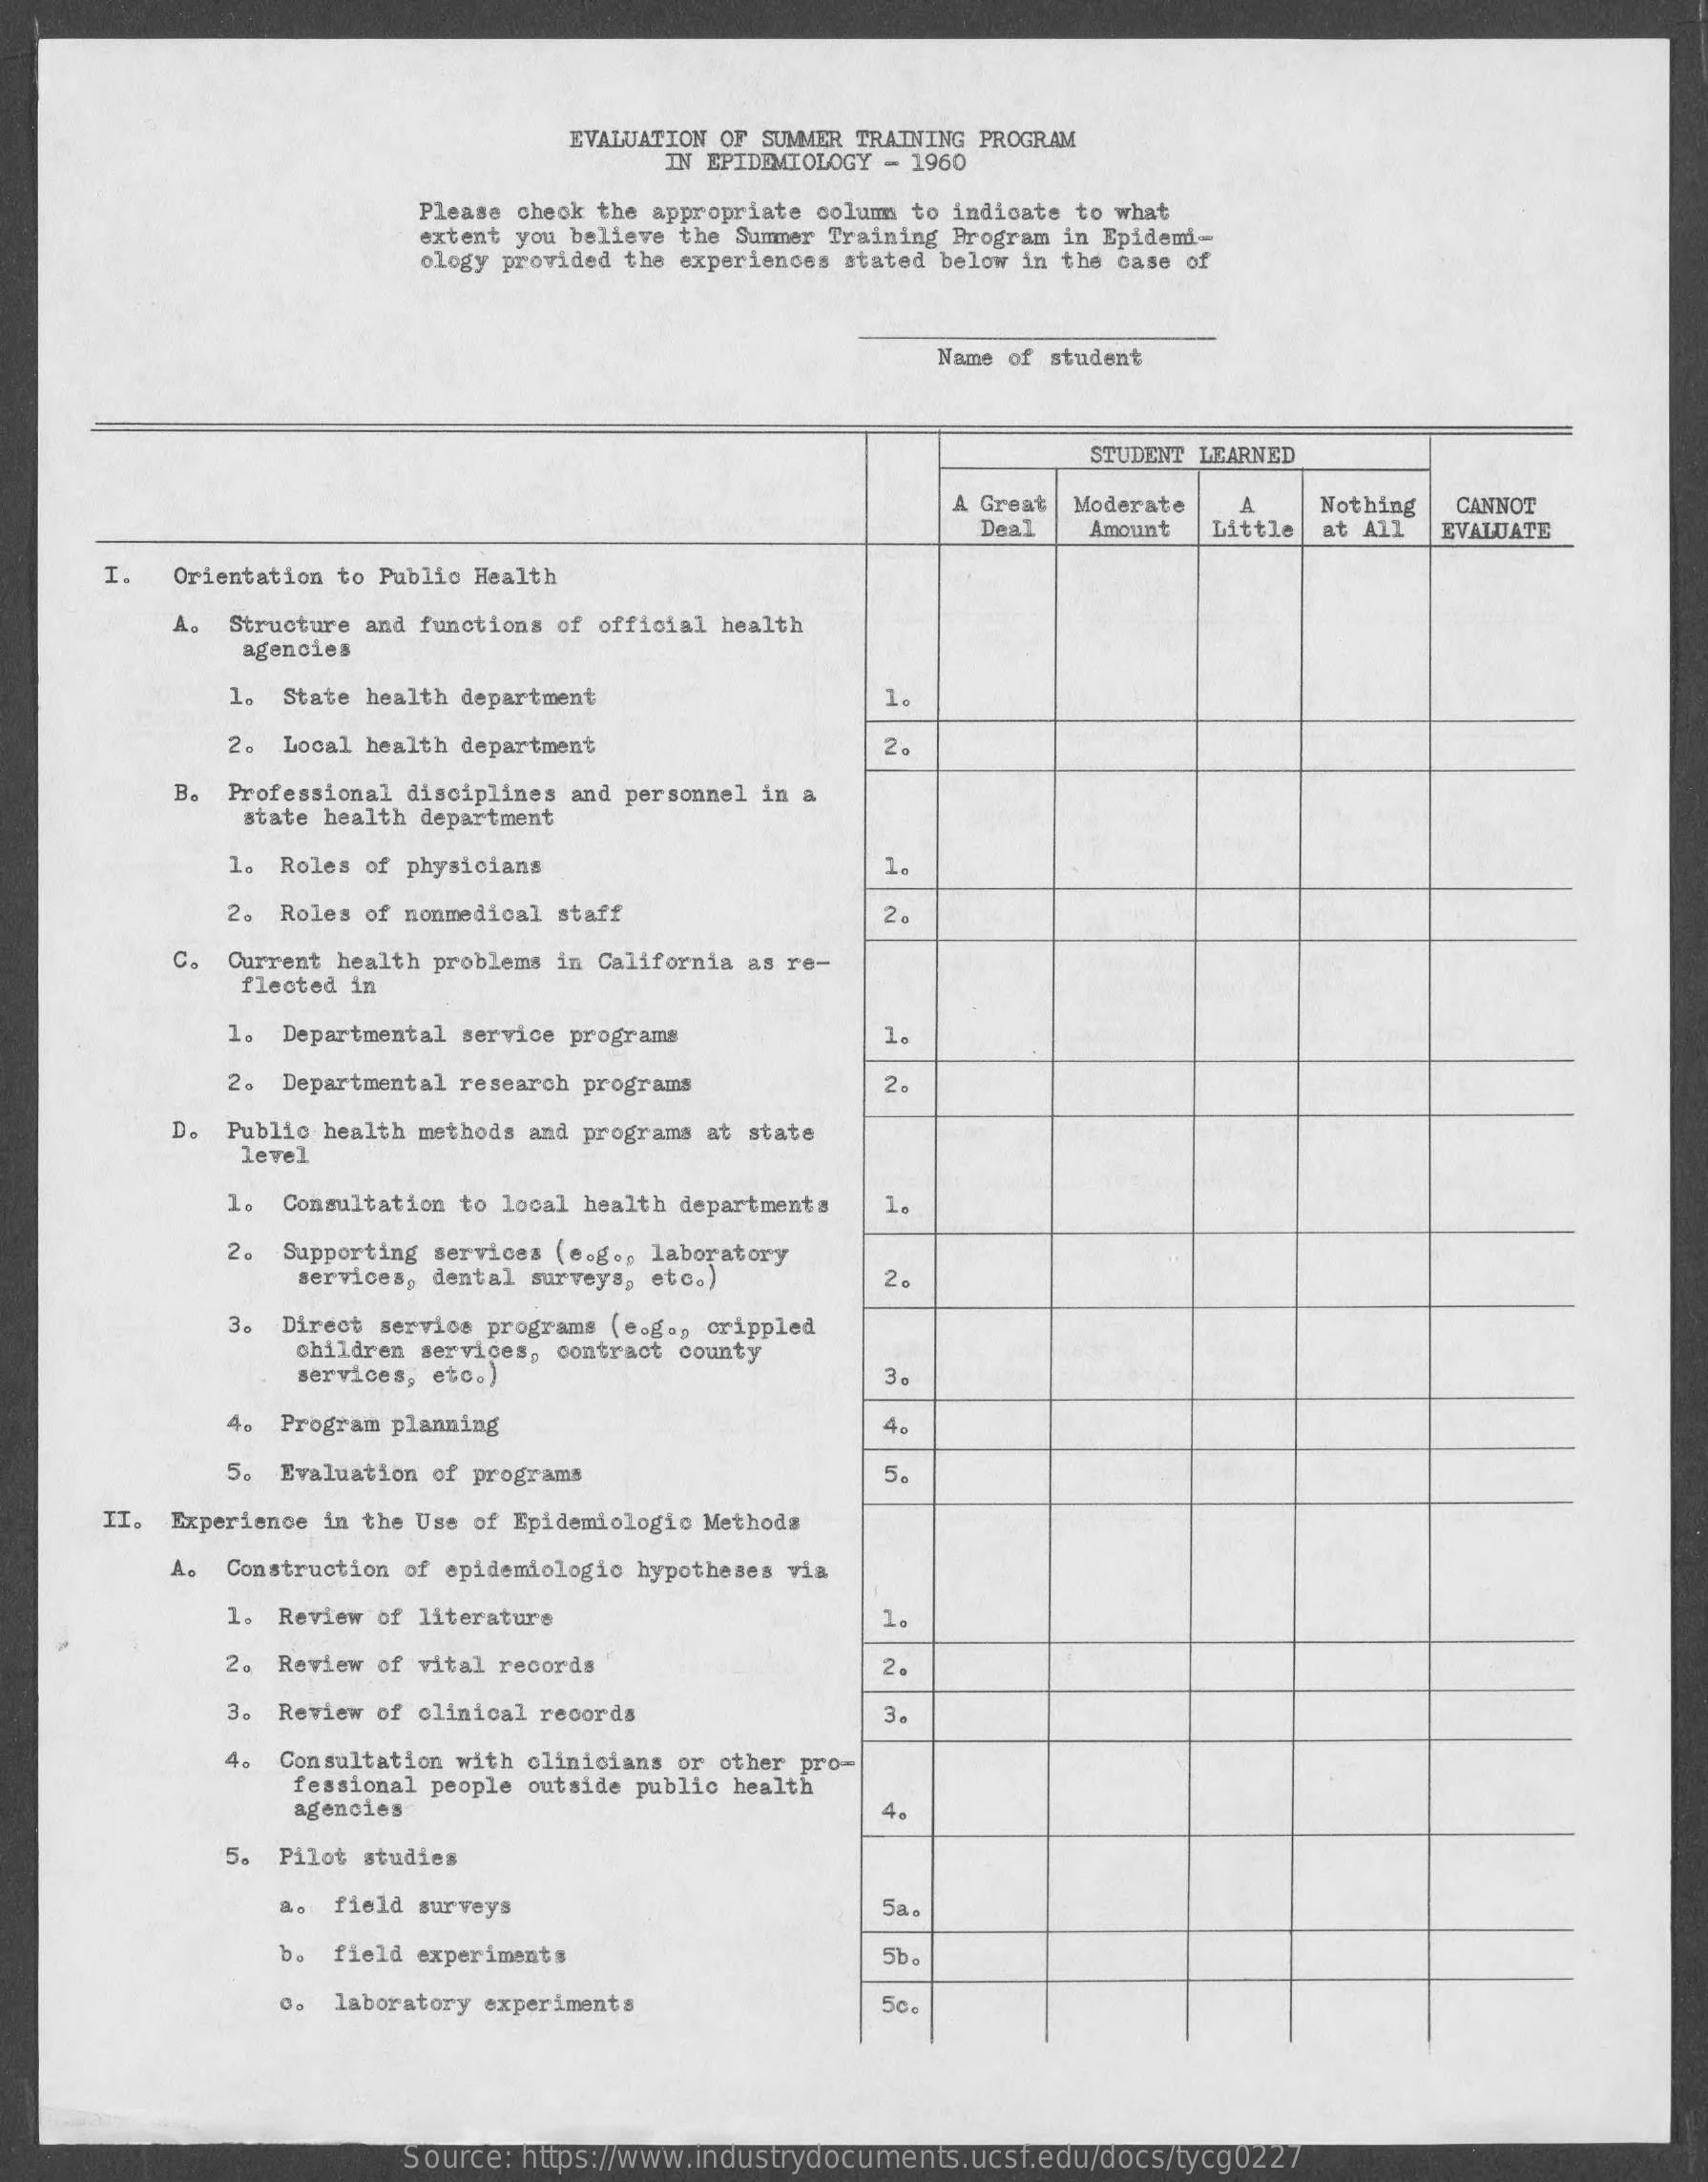
EVALUATION OF SUMMER TRAINING PROGRAM
     IN EPIDEMIOLOGY - 1960
     Please check the appropriate colum to indicate to what
     extent you believe the Summer Training Program in Epidemi-
     ology provided the experiences stated below in the case of
     Name of student
     STUDENT LEARNED
     A Great Moderate   A    Nothing  CANNOT
     Deal    Amount  Little at All  EVALUATE
     I.  Orientation to Public Health
     A. Structure and functions of official health
     agencies
     1.  State health department    1.
     2. Local health department    2.
     B. Professional disciplines and personnel in a
     state health department
     1. Roles of physicians    1.
     2. Roles of nonmedical staff    2.
     c. Current health problems in California as re-
     flected in
     1. Departmental service programs    1.
     2. Departmental research programs    2
     D. Public health methods and programs at state
     level
     1.  Consultation to local health departments 1.
     2   Supporting services (e.g ., laboratory
     services, dental surveys, etc.)    2.
     3 。 Direct service programs (e.g ., crippled
     children services, contract county
     services, etc.)    3.
     Program planning    4.
     5. Evaluation of programs    5.
     II. Experience in the Use of Epidemiologio Methods
     Construction of epidemiologic hypotheses via
     1. Review of literature    1.
     2. Review of vital records    2.
     Review of clinical records    3.
     4. Consultation with clinicians or other pro-
     fessional people outside public health
     agencies    4.
     5. Pilot studies
     field surveys    5a.
     b. field experiments    5b.
     laboratory experiments    50.
     Source: https://www.industrydocuments.ucsf.edu/docs/tycg0227